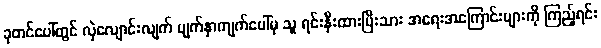
ခုတင်ပေါ်တွင် လှဲလျောင်းလျက် မျက်နှာကျက်ပေါ်မှ သူ ရင်းနှီးထားပြီးသား အရေးအကြောင်းများကို ကြည့်ရင်း